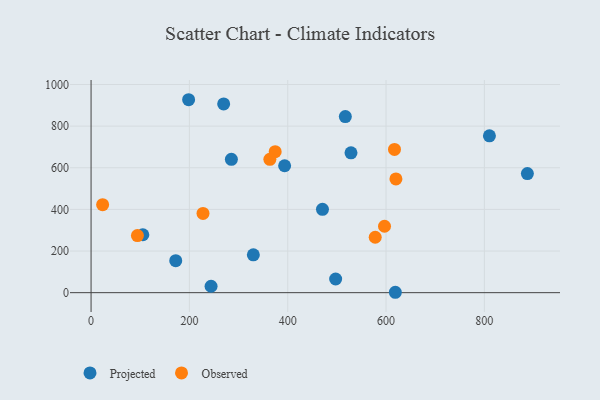
{"axis": {"x": "Investment", "y": "Fuel Efficiency"}, "legend": ["Observed", "Projected"], "data": [{"x": "810.3", "y": 753.2, "type": "Projected"}, {"x": "330.1", "y": 181.6, "type": "Projected"}, {"x": "618.9", "y": 1.9, "type": "Projected"}, {"x": "198.4", "y": 926.8, "type": "Projected"}, {"x": "470.7", "y": 400.3, "type": "Projected"}, {"x": "105.3", "y": 278.2, "type": "Projected"}, {"x": "172.2", "y": 153.9, "type": "Projected"}, {"x": "517.2", "y": 845.9, "type": "Projected"}, {"x": "285.4", "y": 640.5, "type": "Projected"}, {"x": "528.7", "y": 671.9, "type": "Projected"}, {"x": "269.7", "y": 906.6, "type": "Projected"}, {"x": "497.5", "y": 65.6, "type": "Projected"}, {"x": "887.5", "y": 572.0, "type": "Projected"}, {"x": "244.1", "y": 30.9, "type": "Projected"}, {"x": "393.7", "y": 609.6, "type": "Projected"}, {"x": "94.3", "y": 274.4, "type": "Observed"}, {"x": "617.2", "y": 687.9, "type": "Observed"}, {"x": "374.5", "y": 677.5, "type": "Observed"}, {"x": "363.7", "y": 640.4, "type": "Observed"}, {"x": "227.7", "y": 380.6, "type": "Observed"}, {"x": "596.9", "y": 319.0, "type": "Observed"}, {"x": "620.1", "y": 546.3, "type": "Observed"}, {"x": "23.5", "y": 422.9, "type": "Observed"}, {"x": "578.0", "y": 266.2, "type": "Observed"}]}